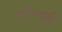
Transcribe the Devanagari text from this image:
स्टीनहार्ड्ट